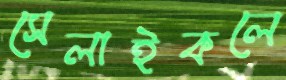
সেলাইকলে